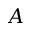
A